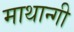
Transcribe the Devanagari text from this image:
माथान्गी